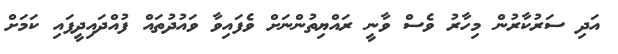
އަދި ސަރުކާރުން މިހާރު ވެސް ވާނީ ރައްޔިތުންނަށް ވެފައިވާ ވައުދުތައް ފުއްދައިދީފައި ކަމަށް